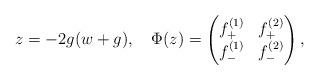
LaTeX: \begin{align*}z=-2g(w+g),\quad\Phi(z)=\begin{pmatrix}f^{(1)}_+ & f^{(2)}_+\\f^{(1)}_- & f^{(2)}_-\end{pmatrix},\end{align*}